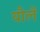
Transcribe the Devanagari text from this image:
यौलें